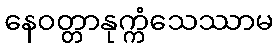
နေဝတ္တာနုက္ကံသေဿာမ